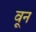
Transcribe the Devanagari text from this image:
वून